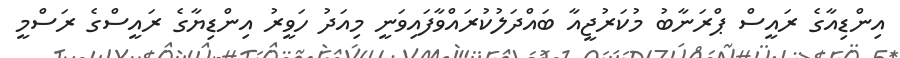
އިންޑިއާގެ ރައީސް ޕްރަނާބު މުކަރުޖީއާ ބައްދަލުކުރައްވާފައިވަނީ މިއަދު ހަވީރު އިންޑިޔާގެ ރައީސްގެ ރަސްމީ